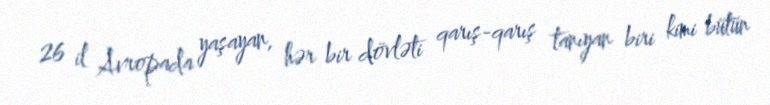
26 il Avropada yaşayan, hər bir dövləti qarış-qarış tanıyan biri kimi bütün